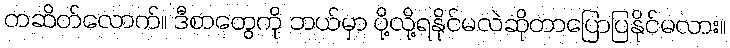
တဆိတ်လောက်။ ဒီစာတွေကို ဘယ်မှာ ပို့လို့ရနိုင်မလဲဆိုတာပြောပြနိုင်မလား။